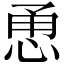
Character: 恿